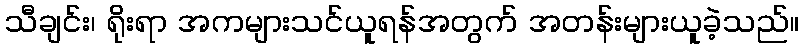
သီချင်း၊ ရိုးရာ အကများသင်ယူရန်အတွက် အတန်းများယူခဲ့သည်။